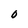
Character: O